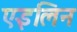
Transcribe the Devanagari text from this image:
एइलिन